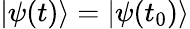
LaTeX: |\psi(t)\rangle=|\psi(t_{0})\rangle